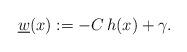
LaTeX: \begin{align*}\underline w(x):=-C\,h(x)+\gamma.\end{align*}